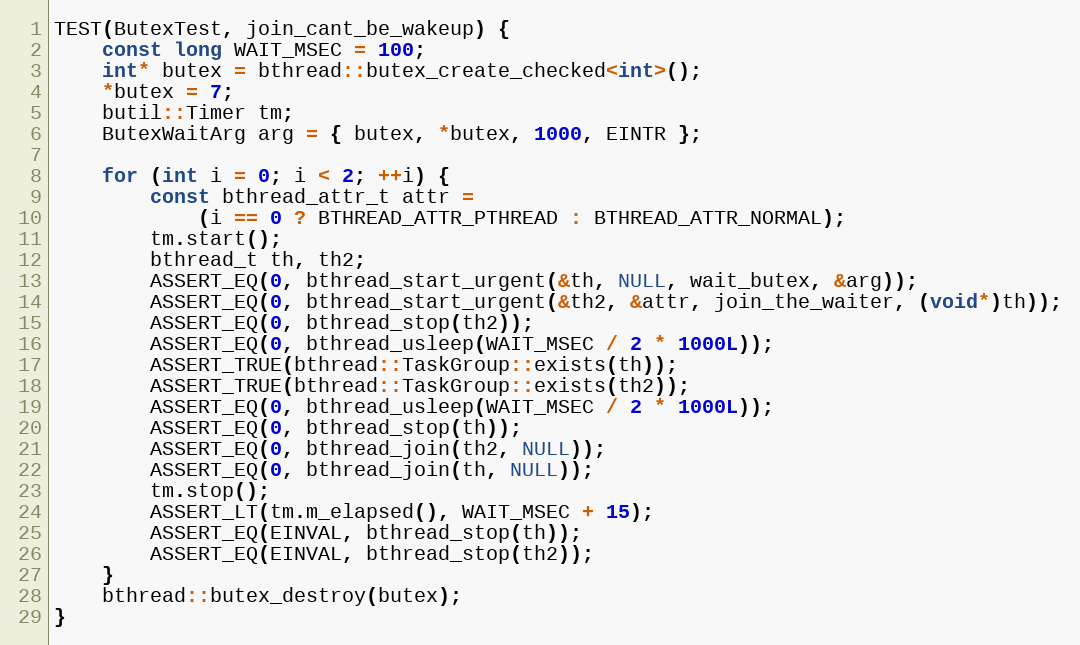
Language: C++
TEST(ButexTest, join_cant_be_wakeup) {
    const long WAIT_MSEC = 100;
    int* butex = bthread::butex_create_checked<int>();
    *butex = 7;
    butil::Timer tm;
    ButexWaitArg arg = { butex, *butex, 1000, EINTR };

    for (int i = 0; i < 2; ++i) {
        const bthread_attr_t attr =
            (i == 0 ? BTHREAD_ATTR_PTHREAD : BTHREAD_ATTR_NORMAL);
        tm.start();
        bthread_t th, th2;
        ASSERT_EQ(0, bthread_start_urgent(&th, NULL, wait_butex, &arg));
        ASSERT_EQ(0, bthread_start_urgent(&th2, &attr, join_the_waiter, (void*)th));
        ASSERT_EQ(0, bthread_stop(th2));
        ASSERT_EQ(0, bthread_usleep(WAIT_MSEC / 2 * 1000L));
        ASSERT_TRUE(bthread::TaskGroup::exists(th));
        ASSERT_TRUE(bthread::TaskGroup::exists(th2));
        ASSERT_EQ(0, bthread_usleep(WAIT_MSEC / 2 * 1000L));
        ASSERT_EQ(0, bthread_stop(th));
        ASSERT_EQ(0, bthread_join(th2, NULL));
        ASSERT_EQ(0, bthread_join(th, NULL));
        tm.stop();
        ASSERT_LT(tm.m_elapsed(), WAIT_MSEC + 15);
        ASSERT_EQ(EINVAL, bthread_stop(th));
        ASSERT_EQ(EINVAL, bthread_stop(th2));
    }
    bthread::butex_destroy(butex);
}